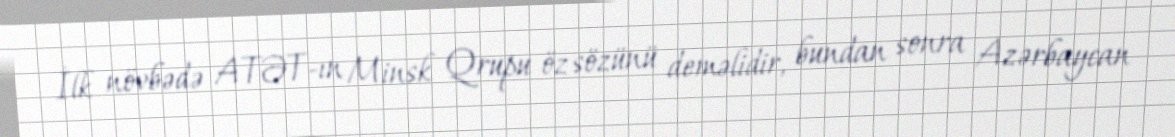
İlk növbədə ATƏT-ın Minsk Qrupu öz sözünü deməlidir, bundan sonra Azərbaycan